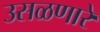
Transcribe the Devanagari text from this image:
उसळणारे